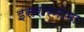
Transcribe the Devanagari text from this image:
इसरारनामा